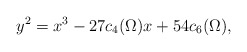
\begin{align*}y^2=x^3-27c_4(\Omega)x+54c_6(\Omega),\end{align*}